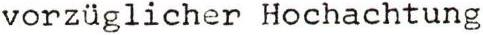
vorzüglicher Hochachtung